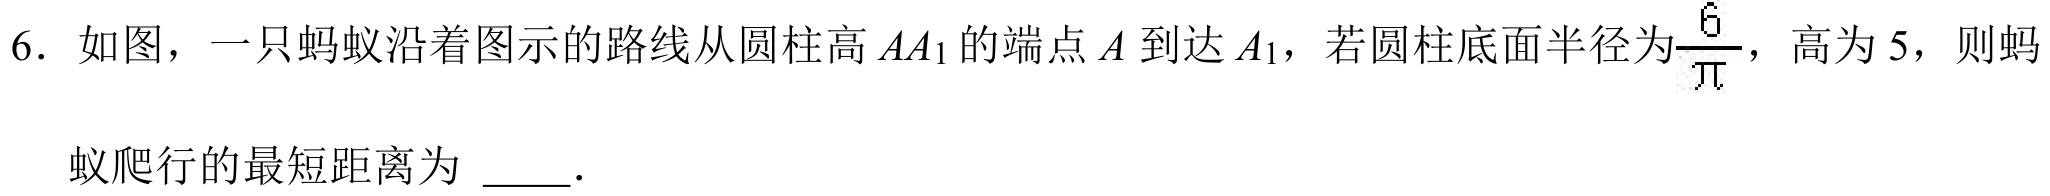
6. 如图，一只蚂蚁沿着图示的路线从圆柱高 \(AA_{1}\) 的端点 \(A\) 到达 \(A_{1}\)，若圆柱底面半径为\(\frac{6}{\pi}\)，高为 5，则蚂
蚁爬行的最短距离为  ．